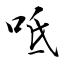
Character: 呧